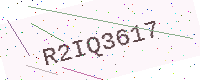
Text: R2IQ3617